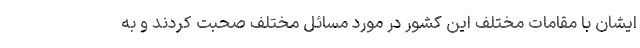
ایشان با مقامات مختلف این کشور در مورد مسائل مختلف صحبت کردند و به